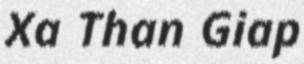
Xa Than Giap